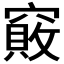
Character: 𥨇